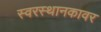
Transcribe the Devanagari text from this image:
स्वरस्थानकावर